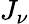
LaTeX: J_{\nu}